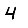
Digit: 4